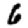
Digit: 6